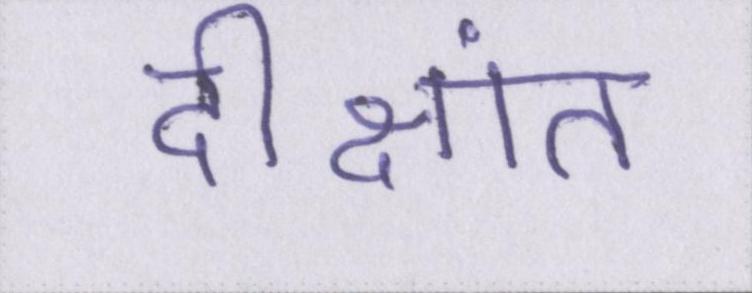
दीक्षांत